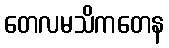
တေလမသိကတေန